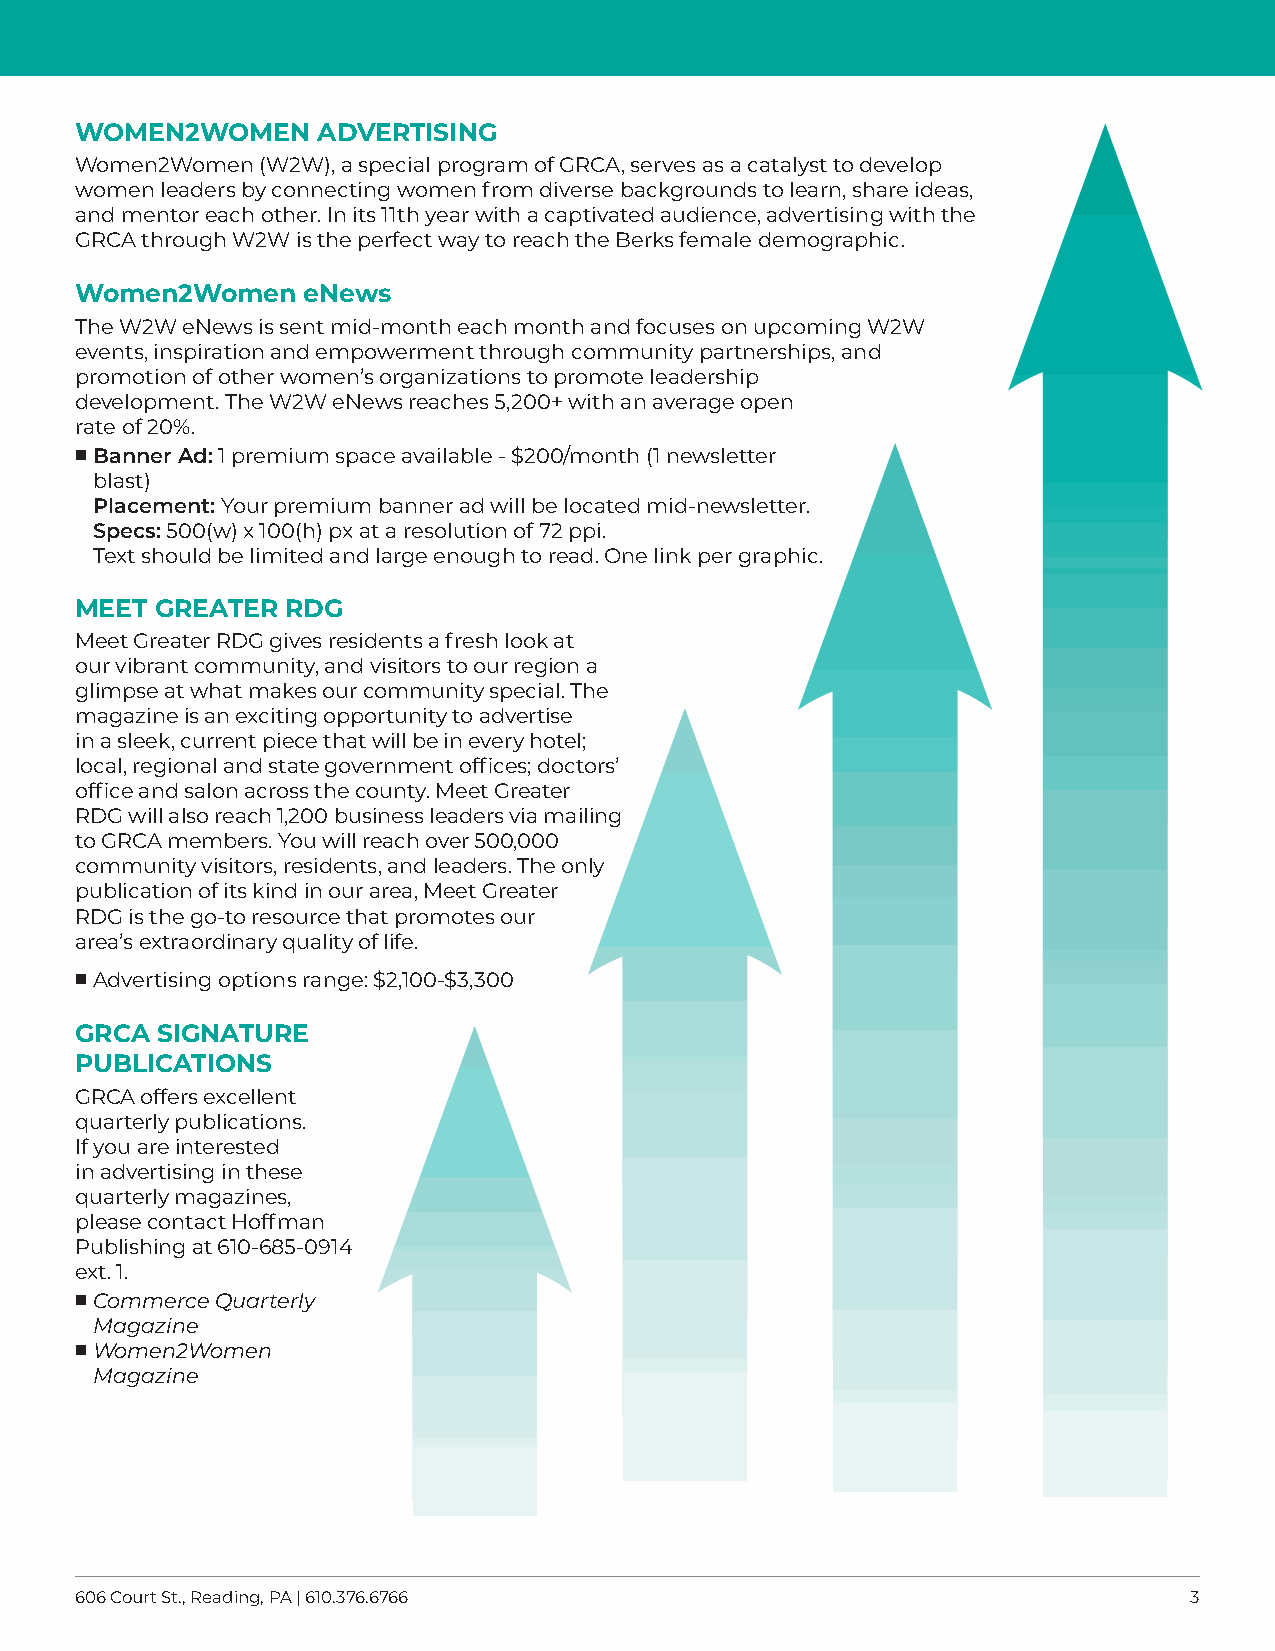
WOMEN2WOMEN     ADVERTISING
 Women2Women (W2W), a special program of GRCA, serves as a catalyst to develop
 women leaders by connecting women from diverse backgrounds to learn, share ideas,
 and mentor each other. In its 11th year with a captivated audience, advertising with the
 GRCA through W2W is the perfect way to reach the Berks female demographic.
 Women2Women    eNews
 The W2W eNews is sent mid-month each month and focuses on upcoming W2W
 events, inspiration and empowerment through community partnerships, and
 promotion of other women’s organizations to promote leadership
 development. The W2W eNews reaches 5,200+ with an average open
 rate of 20%.
  Banner Ad: 1 premium space available - $200/month (1 newsletter
 blast)
 Placement: Your premium banner ad will be located mid-newsletter.
 Specs: 500(w) x 100(h) px at a resolution of 72 ppi.
 Text should be limited and large enough to read. One link per graphic.
 MEET GREATER  RDG
 Meet Greater RDG gives residents a fresh look at
 our vibrant community, and visitors to our region a
 glimpse at what makes our community special. The
 magazine is an exciting opportunity to advertise
 in a sleek, current piece that will be in every hotel;
 local, regional and state government offices; doctors’
 office and salon across the county. Meet Greater
 RDG will also reach 1,200 business leaders via mailing
 to GRCA members. You will reach over 500,000
 community visitors, residents, and leaders. The only
 publication of its kind in our area, Meet Greater
 RDG is the go-to resource that promotes our
 area’s extraordinary quality of life.
  A dvertising options range: $2,100-$3,300
 GRCA SIGNATURE
 PUBLICATIONS
 GRCA offers excellent
 quarterly publications.
 If you are interested
 in advertising in these
 quarterly magazines,
 please contact Hoffman
 Publishing at 610-685-0914
 ext. 1.
  C ommerce Quarterly
 Magazine
  W omen2Women
 Magazine
 606 Court St., Reading, PA | 610.376.6766                                 3